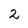
Character: 2